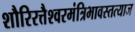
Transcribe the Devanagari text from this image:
शौरिरत्तैश्वरमंत्रिभावस्तत्याज